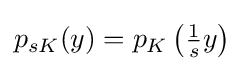
{\textstyle p_{sK}(y)=p_{K}\left({\tfrac {1}{s}}y\right)}